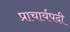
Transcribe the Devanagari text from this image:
प्राचार्यपदी